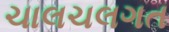
ચાલચલગત